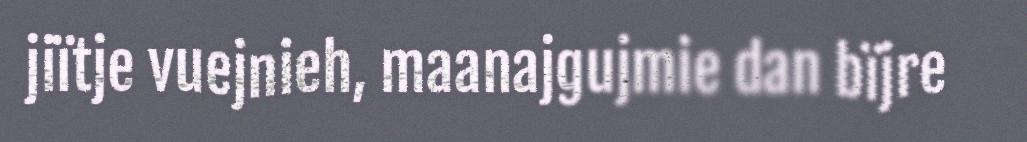
jiïtje vuejnieh, maanajgujmie dan bïjre